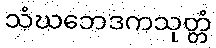
သံဃဘေဒကသုတ္တံ